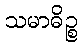
သမာဓိဉ္စ